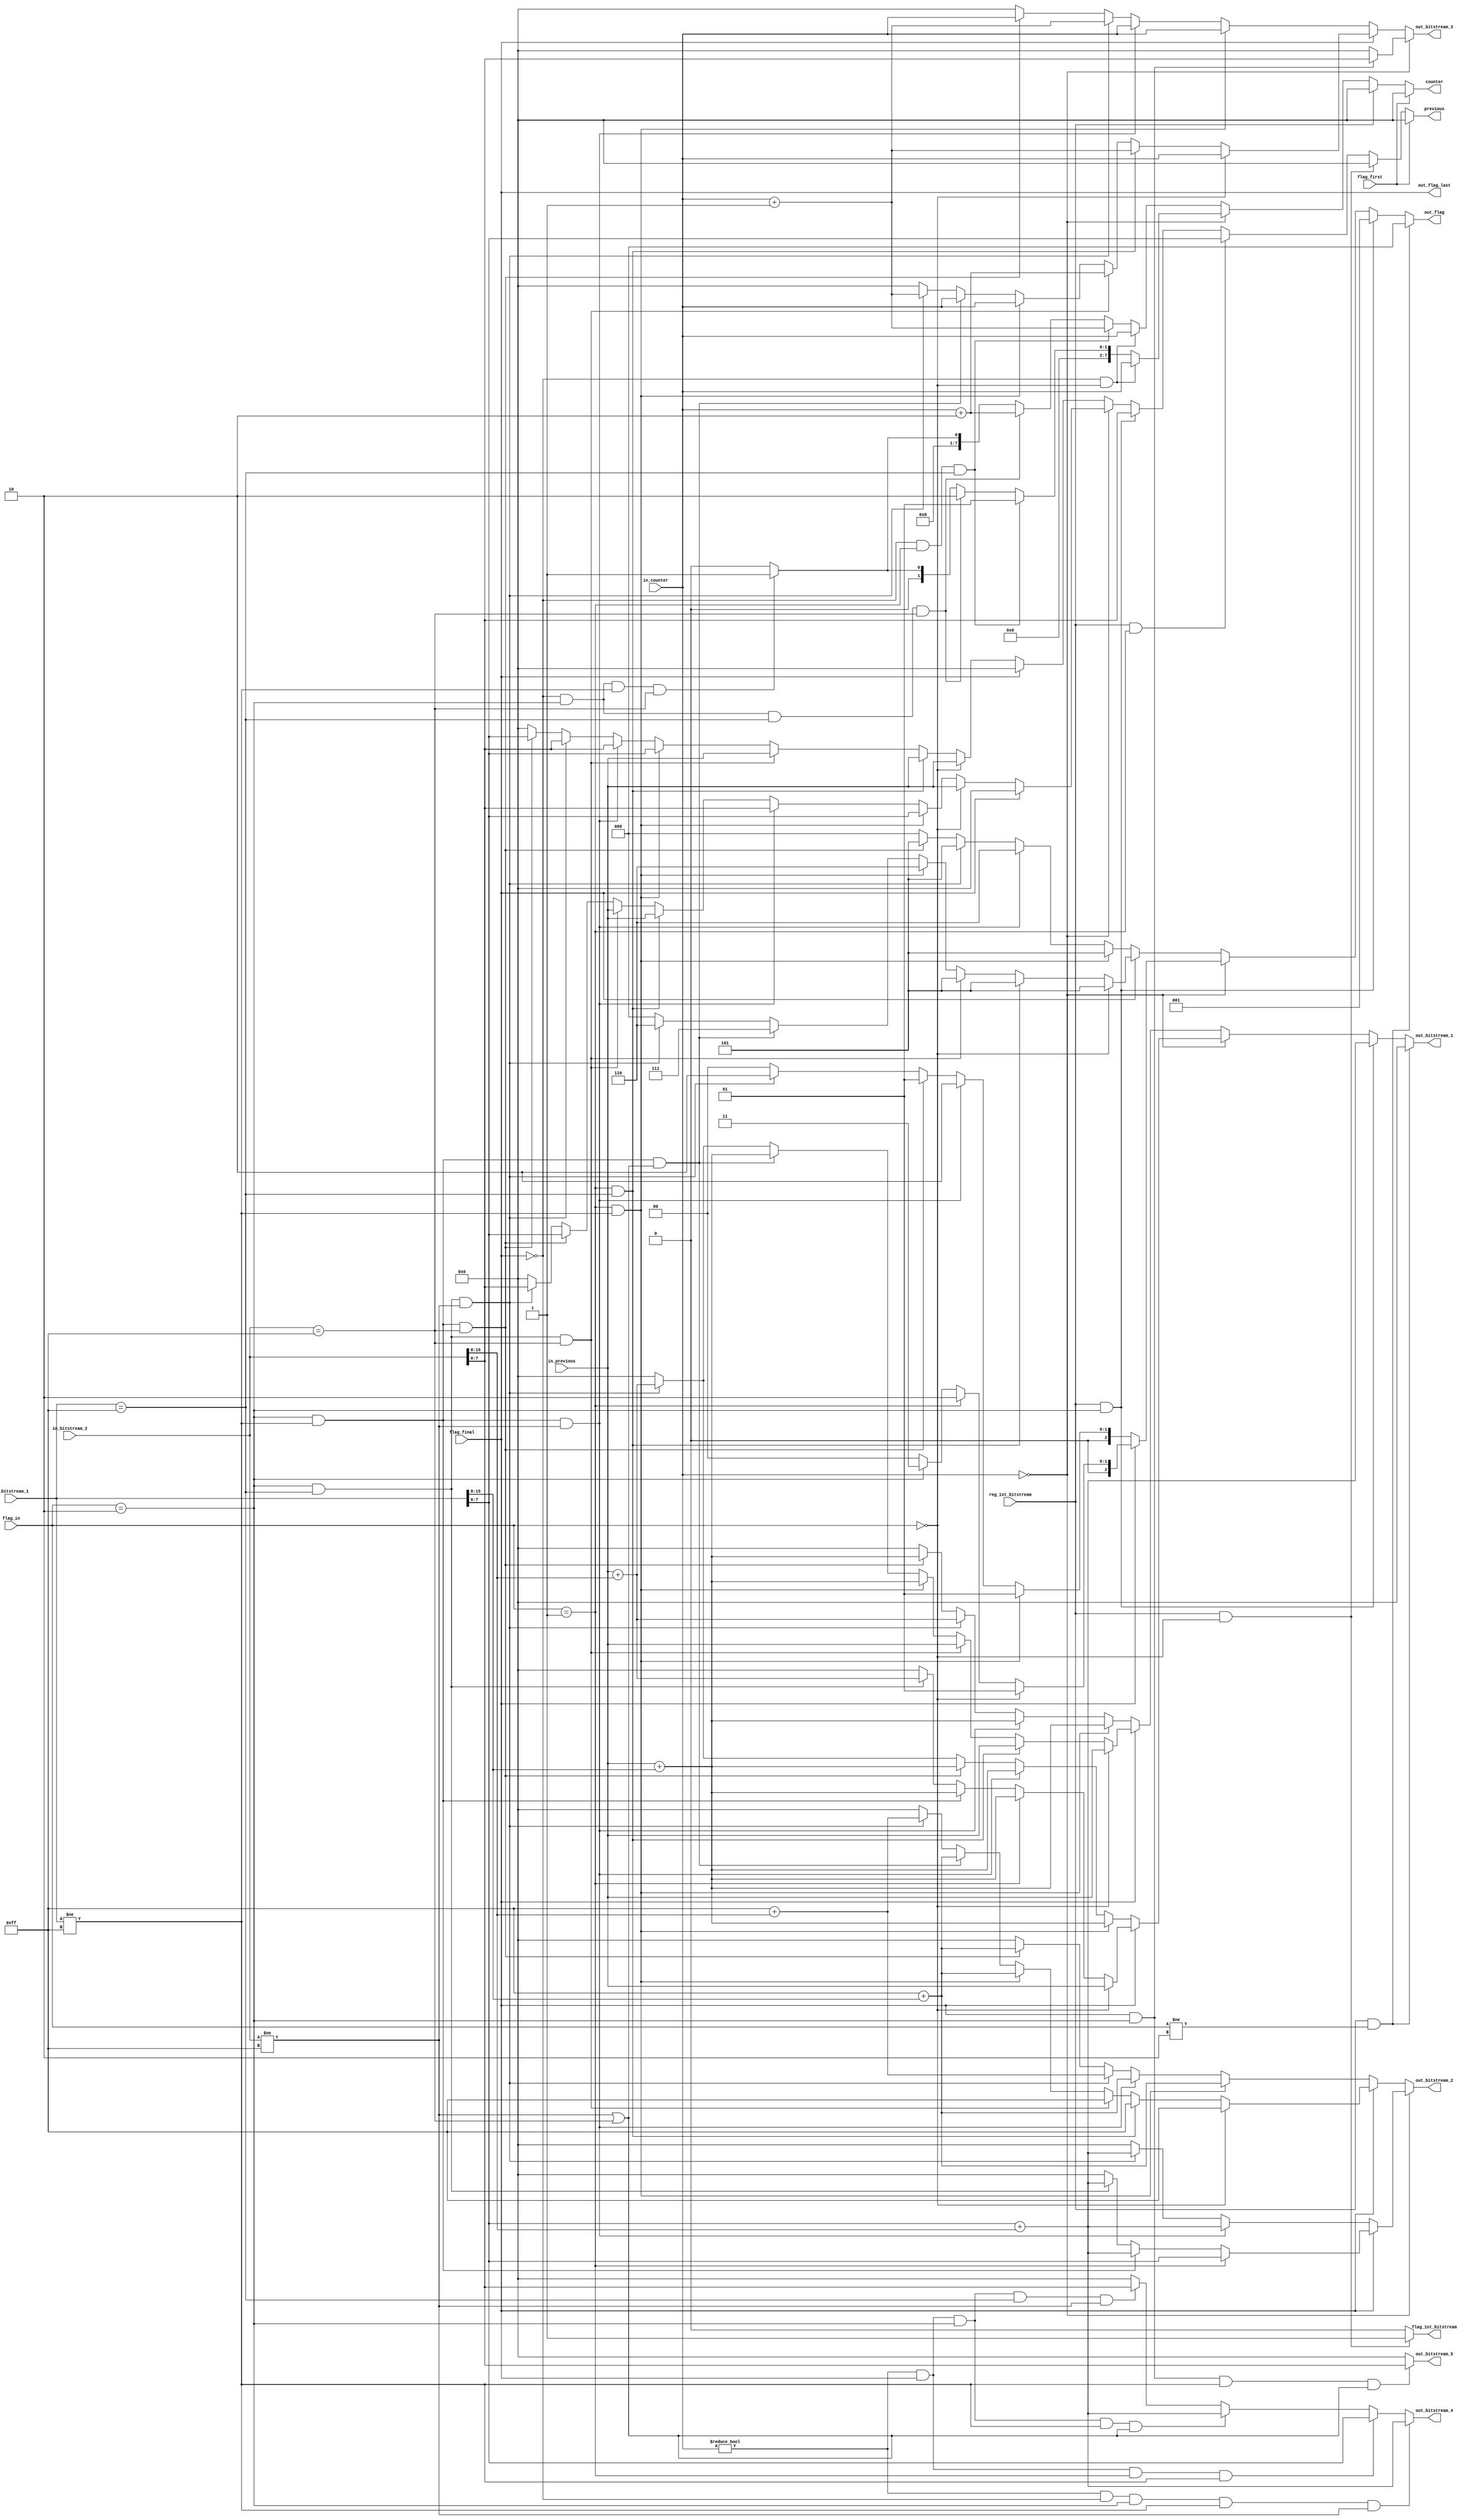
/*
In short, the stage 3 generates a 9-bit bitstream and the normal output for the architecture is 8-bit wide.
Therefore, stage 4 uses the 9th bit as a carry and propagate it into previous bitstreams generated.
For most of the cases, only one bitstream is affected (b[i-1]), where i corresponds to the current bitstream.
However, when the bitstream b[i-1] is 255 in decimal, the carry also affects b[i-2]
This architecture is responsible for:
  1 -> receive up to two 9-bit bitstreams per cycle and propagate the carry;
  2 -> when identifying 255, start counting the number of 255s received in sequence;
  3 -> The architecture generates up to five 8-bit bitstreams as outputs.
The architecture's behavior is describe in:
  https://docs.google.com/spreadsheets/d/1TxM0V8Arepv4CVbWq-B_VGT77I1iNx7inVRwQACSpPo/edit?usp=sharing
*/
module carry_propagation #(
  parameter OUTPUT_DATA_WIDTH = 8,
  parameter INPUT_DATA_WIDTH = 16
  ) (
    input reg_1st_bitstream,
    input [1:0] flag_in,       // 01: save only bit_1; 10: save both
    input flag_final, flag_first,
    input [(OUTPUT_DATA_WIDTH-1):0] in_counter, in_previous,
    /*
    Bitstreams:
      in_bitstream_1- first and sometimes the only,
      in_bitstream_2- only used when 2 bitstreams are being generated
    */
    input [(INPUT_DATA_WIDTH-1):0] in_bitstream_1, in_bitstream_2,
    output wire [(OUTPUT_DATA_WIDTH-1):0] previous, counter,
    output wire [(OUTPUT_DATA_WIDTH-1):0] out_bitstream_1, out_bitstream_2,
    output wire [(OUTPUT_DATA_WIDTH-1):0] out_bitstream_3, out_bitstream_4,
    output wire [(OUTPUT_DATA_WIDTH-1):0] out_bitstream_5,
    output wire [2:0] out_flag,
    output wire out_flag_last, flag_1st_bitstream
  );
  assign out_flag_last = flag_final;

  wire [(OUTPUT_DATA_WIDTH-1):0] previous_c0, previous_c1;
  wire [(OUTPUT_DATA_WIDTH-1):0] counter_c0, counter_c1;
  wire [(OUTPUT_DATA_WIDTH-1):0] out_1_c0, out_1_c1, out_1_c0_final;
  wire [(OUTPUT_DATA_WIDTH-1):0] out_1_c0_not_final, out_1_c1_not_final;
  wire [(OUTPUT_DATA_WIDTH-1):0] out_1_c1_final;
  wire [(OUTPUT_DATA_WIDTH-1):0] out_2_c0, out_2_c1, out_2_c0_final;
  wire [(OUTPUT_DATA_WIDTH-1):0] out_2_c0_not_final, out_2_c1_not_final;
  wire [(OUTPUT_DATA_WIDTH-1):0] out_2_c1_final;
  wire [(OUTPUT_DATA_WIDTH-1):0] out_3_c0, out_3_c1, out_3_c0_final;
  wire [(OUTPUT_DATA_WIDTH-1):0] out_3_c0_not_final, out_3_c1_not_final;
  wire [(OUTPUT_DATA_WIDTH-1):0] out_3_c1_final;
  wire [(OUTPUT_DATA_WIDTH-1):0] out_4_c1, out_5_c1;
  wire [2:0] flag_c0, flag_c1, flag_c0_final, flag_c0_not_final, flag_c1_final;
  wire [2:0] flag_c1_not_final;

  // The explanation for this variable in locate where the variable is declared
  assign flag_1st_bitstream = ((reg_1st_bitstream) && (flag_in == 0)) ? 1'b1 :
                              1'b0;

  assign previous = (flag_first) ? 8'd0 :
                    ((reg_1st_bitstream) && (flag_in == 0)) ? 8'd0 :
                    ((reg_1st_bitstream) && (flag_in == 1)) ? in_bitstream_1[(OUTPUT_DATA_WIDTH-1):0] :
                    ((reg_1st_bitstream) && (flag_in == 2)) ? in_bitstream_2[(OUTPUT_DATA_WIDTH-1):0] :
                    (in_counter == 8'd0) ? previous_c0 :
                    previous_c1;

  assign counter =  (flag_first) ? 8'd0 :
                    (reg_1st_bitstream) ? 8'd0 :
                    (in_counter == 8'd0) ? counter_c0 :
                    counter_c1;

  assign out_bitstream_1 =  ((reg_1st_bitstream) && (flag_in != 2)) ? 8'd0 :
                            ((reg_1st_bitstream) && (flag_in == 2)) ? in_bitstream_1[(OUTPUT_DATA_WIDTH-1):0] + in_bitstream_2[(INPUT_DATA_WIDTH-1):OUTPUT_DATA_WIDTH] :
                            (in_counter == 8'd0) ? out_1_c0 :
                            out_1_c1;
  assign out_bitstream_2 =  (in_counter == 8'd0) ? out_2_c0 :
                            out_2_c1;
  assign out_bitstream_3 =  (in_counter == 8'd0) ? out_3_c0 :
                            out_3_c1;

  assign out_flag = ((reg_1st_bitstream) && (flag_in != 2)) ? 3'd0 :
                    ((reg_1st_bitstream) && (flag_in == 2)) ? 3'd1 :
                    (in_counter == 8'd0) ? flag_c0 :
                    flag_c1;

  // -------------------------------------
  assign out_bitstream_4 =  ((in_counter != 0) && (!flag_final) && (flag_in == 2) && (in_bitstream_1 != 255) && (in_bitstream_2 != 255)) ? in_bitstream_1[(OUTPUT_DATA_WIDTH-1):0] + in_bitstream_2[(INPUT_DATA_WIDTH-1):OUTPUT_DATA_WIDTH] :
                            ((in_counter != 0) && (flag_final) && (flag_in == 1) && (in_bitstream_1 != 255)) ? in_bitstream_1[(OUTPUT_DATA_WIDTH-1):0] :
                            ((in_counter != 0) && (flag_final) && (flag_in == 2) && (in_bitstream_1 != 255) && ((in_bitstream_2 != 255) || (in_bitstream_2 == 255))) ? in_bitstream_1[(OUTPUT_DATA_WIDTH-1):0] + in_bitstream_2[(INPUT_DATA_WIDTH-1):OUTPUT_DATA_WIDTH] :
                            ((in_counter != 0) && (flag_final) && (flag_in == 2) && (in_bitstream_1 == 255) && (in_bitstream_2 != 255)) ? in_bitstream_2[(OUTPUT_DATA_WIDTH-1):0] :
                            8'd0;

  assign out_bitstream_5 =  ((flag_final) && (flag_in == 2) && (in_bitstream_1 != 255) && ((in_bitstream_2 == 255) || (in_bitstream_2 != 255))) ? in_bitstream_2[(OUTPUT_DATA_WIDTH-1):0] :
                            8'd0;
  // -------------------------------------
  assign previous_c0 =  (flag_final) ? 8'd0 :
                        (flag_in == 0) ? in_previous :
                        ((flag_in == 1) && (in_bitstream_1 != 255)) ? in_bitstream_1[(OUTPUT_DATA_WIDTH-1):0] :
                        ((flag_in == 2) && (in_bitstream_1 != 255) && (in_bitstream_2 != 255)) ? in_bitstream_2[(OUTPUT_DATA_WIDTH-1):0] :
                        ((flag_in == 1) && (in_bitstream_1 == 255)) ? in_previous :
                        ((flag_in == 2) && (in_bitstream_1 == 255) && (in_bitstream_2 == 255)) ? in_previous :
                        ((flag_in == 2) && (in_bitstream_1 != 255) && (in_bitstream_2 == 255)) ? in_bitstream_1[(OUTPUT_DATA_WIDTH-1):0] :
                        ((flag_in == 2) && (in_bitstream_1 == 255) && (in_bitstream_2 != 255)) ? in_bitstream_2[(OUTPUT_DATA_WIDTH-1):0] :
                        8'd0;

  assign previous_c1 =  (flag_final) ? 8'd0 :
                        (flag_in == 0) ? in_previous :
                        ((flag_in == 1) && (in_bitstream_1 == 255)) ? in_previous :
                        ((flag_in == 2) && (in_bitstream_1 == 255) && (in_bitstream_2 == 255)) ? in_previous :
                        ((flag_in == 1) && (in_bitstream_1 != 255)) ? in_bitstream_1[(OUTPUT_DATA_WIDTH-1):0] :
                        ((flag_in == 2) && (in_bitstream_1 != 255) && (in_bitstream_2 != 255)) ? in_bitstream_2[(OUTPUT_DATA_WIDTH-1):0] :
                        ((flag_in == 2) && (in_bitstream_1 == 255) && (in_bitstream_2 != 255)) ? in_bitstream_2[(OUTPUT_DATA_WIDTH-1):0] :
                        ((flag_in == 2) && (in_bitstream_1 != 255) && (in_bitstream_2 == 255)) ? in_bitstream_1[(OUTPUT_DATA_WIDTH-1):0] :
                        8'd0;
  // -------------------------------------
  assign counter_c0 = ((!flag_final) && (flag_in == 0)) ? in_counter :
                      ((!flag_final) && (flag_in == 1) && (in_bitstream_1 == 255)) ? 8'd1 :
                      ((!flag_final) && (flag_in == 2) && (in_bitstream_1 == 255) && (in_bitstream_2 == 255)) ? 8'd2 :
                      ((!flag_final) && (flag_in == 2) && (in_bitstream_1 != 255) && (in_bitstream_2 == 255)) ? 8'd1 :
                      8'd0;

  assign counter_c1 = ((!flag_final) && (flag_in == 0)) ? in_counter :
                      ((!flag_final) && (flag_in == 1) && (in_bitstream_1 == 255)) ? in_counter + 8'd1 :
                      ((!flag_final) && (flag_in == 2) && (in_bitstream_1 == 255) && (in_bitstream_2 == 255)) ? in_counter + 8'd2 :
                      ((!flag_final) && (flag_in == 2) && (in_bitstream_1 != 255) && (in_bitstream_2 == 255)) ? 8'd1 :
                      8'd0;
  // -------------------------------------
  assign out_1_c0 = (flag_final) ? out_1_c0_final :
                    out_1_c0_not_final;
  assign out_1_c1 = (flag_final) ? out_1_c1_final :
                    out_1_c1_not_final;

  assign out_2_c0 = (flag_final) ? out_2_c0_final :
                    out_2_c0_not_final;
  assign out_2_c1 = (flag_final) ? out_2_c1_final :
                    out_2_c1_not_final;

  assign out_3_c0 = ((flag_final) && (flag_in == 2)) ? in_bitstream_2[(OUTPUT_DATA_WIDTH-1):0] :
                    8'd0;
  assign out_3_c1 = (flag_final) ? out_3_c1_final :
                    out_3_c1_not_final;
  assign flag_c0 =  (flag_final) ? flag_c0_final :
                    flag_c0_not_final;
  assign flag_c1 =  (flag_final) ? flag_c1_final :
                    flag_c1_not_final;
  // -------------------------------------

  assign out_1_c0_not_final = ((flag_in == 1) && (in_bitstream_1 != 255)) ? in_previous + in_bitstream_1[(INPUT_DATA_WIDTH-1):OUTPUT_DATA_WIDTH] :
                              ((flag_in == 2) && (in_bitstream_1 != 255) && (in_bitstream_2 != 255)) ? in_previous + in_bitstream_1[(INPUT_DATA_WIDTH-1):OUTPUT_DATA_WIDTH] :
                              ((flag_in == 2) && (in_bitstream_1 != 255) && (in_bitstream_2 == 255)) ? in_previous + in_bitstream_1[(INPUT_DATA_WIDTH-1):OUTPUT_DATA_WIDTH] :
                              ((flag_in == 2) && (in_bitstream_1 == 255) && (in_bitstream_2 != 255)) ? in_previous + in_bitstream_2[(INPUT_DATA_WIDTH-1):OUTPUT_DATA_WIDTH] :
                              8'd0;
  assign out_1_c0_final = (flag_in == 0) ? in_previous :
                          (flag_in == 1) ? in_previous + in_bitstream_1[(INPUT_DATA_WIDTH-1):OUTPUT_DATA_WIDTH] :
                          ((flag_in == 2) && (in_bitstream_1 != 255)) ? in_previous + in_bitstream_1[(INPUT_DATA_WIDTH-1):OUTPUT_DATA_WIDTH] :
                          ((flag_in == 2) && (in_bitstream_1 == 255)) ? in_previous + in_bitstream_2[(INPUT_DATA_WIDTH-1):OUTPUT_DATA_WIDTH] :
                          8'd0;

  assign out_1_c1_not_final = ((flag_in == 1) && (in_bitstream_1 != 255)) ? in_previous + in_bitstream_1[(INPUT_DATA_WIDTH-1):OUTPUT_DATA_WIDTH] :
                              ((flag_in == 2) && (in_bitstream_1 != 255) && (in_bitstream_2 != 255)) ? in_previous + in_bitstream_1[(INPUT_DATA_WIDTH-1):OUTPUT_DATA_WIDTH] :
                              ((flag_in == 2) && (in_bitstream_1 == 255) && (in_bitstream_2 != 255)) ? in_previous + in_bitstream_2[(INPUT_DATA_WIDTH-1):OUTPUT_DATA_WIDTH] :
                              ((flag_in == 2) && (in_bitstream_1 != 255) && (in_bitstream_2 == 255)) ? in_previous + in_bitstream_1[(INPUT_DATA_WIDTH-1):OUTPUT_DATA_WIDTH] :
                              8'd0;
  assign out_1_c1_final = (flag_in == 0) ? in_previous :
                          ((flag_in == 1) && (in_bitstream_1 == 255)) ? in_previous :
                          ((flag_in == 2) && (in_bitstream_1 == 255) && (in_bitstream_2 == 255)) ? in_previous :
                          ((flag_in == 1) && (in_bitstream_1 != 255)) ? in_previous + in_bitstream_1[(INPUT_DATA_WIDTH-1):OUTPUT_DATA_WIDTH] :
                          ((flag_in == 2) && (in_bitstream_1 != 255) && ((in_bitstream_2 != 255) || (in_bitstream_2 == 255))) ? in_previous + in_bitstream_1[(INPUT_DATA_WIDTH-1):OUTPUT_DATA_WIDTH] :
                          ((flag_in == 2) && (in_bitstream_1 == 255) && (in_bitstream_2 != 255)) ? in_previous + in_bitstream_2[(INPUT_DATA_WIDTH-1):OUTPUT_DATA_WIDTH] :
                          8'd0;
  // -------------------------------------
  assign out_2_c0_not_final = ((flag_in == 2) && (in_bitstream_1 != 255) && (in_bitstream_2 != 255)) ? in_bitstream_1[(OUTPUT_DATA_WIDTH-1):0] + in_bitstream_2[(INPUT_DATA_WIDTH-1):OUTPUT_DATA_WIDTH] :
                              ((flag_in == 2) && (in_bitstream_1 == 255) && (in_bitstream_2 != 255)) ? in_bitstream_1[(OUTPUT_DATA_WIDTH-1):0] + in_bitstream_2[(INPUT_DATA_WIDTH-1):OUTPUT_DATA_WIDTH] :
                              8'd0;
  assign out_2_c0_final = (flag_in == 1) ? in_bitstream_1[(OUTPUT_DATA_WIDTH-1):0] :
                          ((flag_in == 2) && (in_bitstream_1 != 255)) ? in_bitstream_1[(OUTPUT_DATA_WIDTH-1):0] + in_bitstream_2[(INPUT_DATA_WIDTH-1):OUTPUT_DATA_WIDTH] :
                          ((flag_in == 2) && (in_bitstream_1 == 255)) ? in_bitstream_1[(OUTPUT_DATA_WIDTH-1):0] + in_bitstream_2[(INPUT_DATA_WIDTH-1):OUTPUT_DATA_WIDTH] :
                          8'd0;

  assign out_2_c1_not_final = ((flag_in == 1) && (in_bitstream_1 != 255)) ? 8'd255 + in_bitstream_1[(INPUT_DATA_WIDTH-1):OUTPUT_DATA_WIDTH] :
                              ((flag_in == 2) && (in_bitstream_1 != 255) && (in_bitstream_2 != 255)) ? 8'd255 + in_bitstream_1[(INPUT_DATA_WIDTH-1):OUTPUT_DATA_WIDTH] :
                              ((flag_in == 2) && (in_bitstream_1 == 255) && (in_bitstream_2 != 255)) ? 8'd255 + in_bitstream_2[(INPUT_DATA_WIDTH-1):OUTPUT_DATA_WIDTH] :
                              ((flag_in == 2) && (in_bitstream_1 != 255) && (in_bitstream_2 == 255)) ? 8'd255 + in_bitstream_1[(INPUT_DATA_WIDTH-1):OUTPUT_DATA_WIDTH] :
                              8'd0;
  assign out_2_c1_final = (flag_in == 0) ? 8'd255 :
                          ((flag_in == 1) && (in_bitstream_1 == 255)) ? 8'd255 :
                          ((flag_in == 2) && (in_bitstream_1 == 255) && (in_bitstream_2 == 255)) ? 8'd255 :
                          ((flag_in == 1) && (in_bitstream_1 != 255)) ? 8'd255 + in_bitstream_1[(INPUT_DATA_WIDTH-1):OUTPUT_DATA_WIDTH] :
                          ((flag_in == 2) && (in_bitstream_1 != 255) && ((in_bitstream_2 == 255) || (in_bitstream_2 != 255))) ? 8'd255 + in_bitstream_1[(INPUT_DATA_WIDTH-1):OUTPUT_DATA_WIDTH] :
                          ((flag_in == 2) && (in_bitstream_1 == 255) && (in_bitstream_2 != 255)) ? 8'd255 + in_bitstream_2[(INPUT_DATA_WIDTH-1):OUTPUT_DATA_WIDTH] :
                          8'd0;

  // -------------------------------------

  assign out_3_c1_not_final = ((flag_in == 1) && (in_bitstream_1 != 255)) ? in_counter :
                              ((flag_in == 2) && (in_bitstream_1 != 255) && (in_bitstream_2 != 255)) ? in_counter :
                              ((flag_in == 2) && (in_bitstream_1 == 255) && (in_bitstream_2 != 255)) ? in_counter + 8'd1 :
                              ((flag_in == 2) && (in_bitstream_1 != 255) && (in_bitstream_2 == 255)) ? in_counter :
                              8'd0;
  assign out_3_c1_final = (flag_in == 0) ? in_counter :
                          ((flag_in == 1) && (in_bitstream_1 == 255)) ? in_counter + 8'd1 :
                          ((flag_in == 2) && (in_bitstream_1 == 255) && (in_bitstream_2 == 255)) ? in_counter + 8'd2 :
                          ((flag_in == 1) && (in_bitstream_1 != 255)) ? in_counter :
                          ((flag_in == 2) && (in_bitstream_1 != 255) && ((in_bitstream_2 == 255) || (in_bitstream_2 != 255))) ? in_counter :
                          ((flag_in == 2) && (in_bitstream_1 == 255) && (in_bitstream_2 != 255)) ? in_counter + 8'd1 :
                          8'd0;

  // -------------------------------------

  assign flag_c0_not_final =  ((flag_in == 1) && (in_bitstream_1 != 255)) ? 3'b001 :
                              ((flag_in == 2) && (in_bitstream_1 != 255) && (in_bitstream_2 != 255)) ? 3'b010 :
                              ((flag_in == 2) && (in_bitstream_1 != 255) && (in_bitstream_2 == 255)) ? 3'b001 :
                              ((flag_in == 2) && (in_bitstream_1 == 255) && (in_bitstream_2 != 255)) ? 3'b010 :
                              3'b000;
  assign flag_c0_final =  (flag_in == 0) ? 3'b001 :
                          (flag_in == 1) ? 3'b010 :
                          (flag_in == 2) ? 3'b011 :
                          3'b000;


  assign flag_c1_not_final =  ((flag_in == 1) && (in_bitstream_1 != 255)) ? 3'b101 :
                              ((flag_in == 2) && (in_bitstream_1 != 255) && (in_bitstream_2 != 255)) ? 3'b110 :
                              ((flag_in == 2) && (in_bitstream_1 == 255) && (in_bitstream_2 != 255)) ? 3'b101 :
                              ((flag_in == 2) && (in_bitstream_1 != 255) && (in_bitstream_2 == 255)) ? 3'b101 :
                              3'b000;

  assign flag_c1_final =  (flag_in == 0) ? 3'b101 :
                          ((flag_in == 1) && (in_bitstream_1 == 255)) ? 3'b101 :
                          ((flag_in == 2) && (in_bitstream_1 == 255) && (in_bitstream_2 == 255)) ? 3'b101 :
                          ((flag_in == 1) && (in_bitstream_1 != 255)) ? 3'b110 :
                          ((flag_in == 2) && (in_bitstream_1 != 255) && ((in_bitstream_2 != 255) || (in_bitstream_2 == 255))) ? 3'b111 :
                          ((flag_in == 2) && (in_bitstream_1 == 255) && (in_bitstream_2 != 255)) ? 3'b110 :
                          3'b000;
endmodule